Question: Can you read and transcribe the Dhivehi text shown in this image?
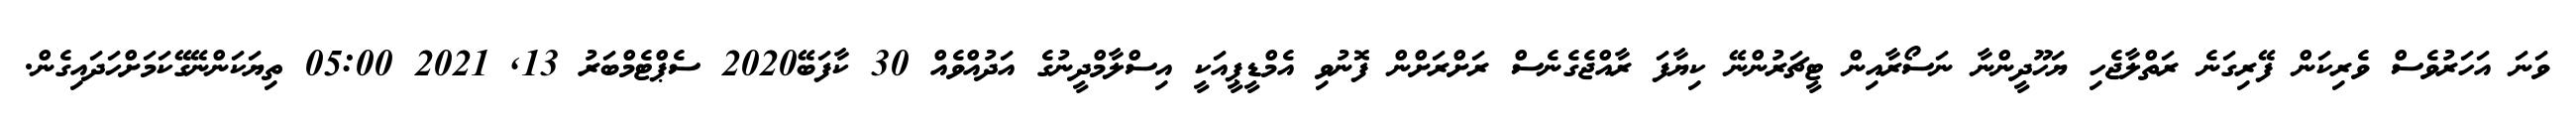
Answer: ވަނަ އަހަރުވެސް ވެރިކަން ފޭރިގަނެ ރަތްލާޖެހި ޔަހޫދީންނާ ނަސޯރާއިން ޓީޗަރުންނޭ ކިޔާފަ ރާއްޖެގެނެސް ރަށްރަށްން ފޮނުވި އެމްޑީޕީއަކީ އިސްލާމްދީނުގެ އަދުއްވެއް 30 ކާފަބޭ2020 ސެޕްޓެމްބަރު 13, 2021 05:00 ތިޔަކަންނޭގޭކަމަށްހަދައިގެން.